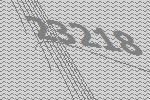
23218